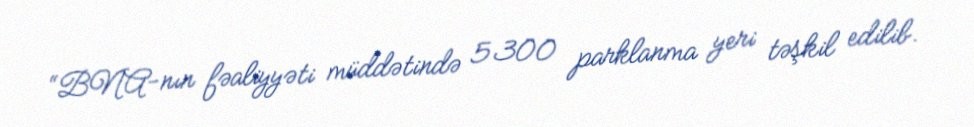
“BNA-nın fəaliyyəti müddətində 5300 parklanma yeri təşkil edilib.